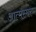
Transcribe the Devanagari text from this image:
आत्मस्मरण